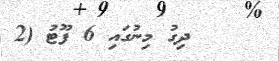
ދިގު މިނުގައި 6 ފޫޓު (2